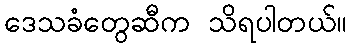
ဒေသခံတွေဆီက သိရပါတယ်။